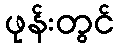
ဖုန်းတွင်